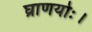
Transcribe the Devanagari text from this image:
घ्राणयोः।